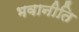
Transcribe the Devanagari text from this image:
भवानीति